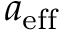
a _ { \mathrm { e f f } }